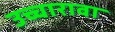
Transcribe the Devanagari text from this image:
उच्चारावा